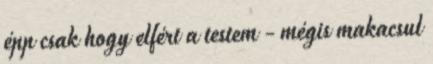
épp csak hogy elfért a testem - mégis makacsul